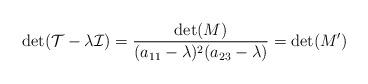
LaTeX: \begin{align*}\operatorname{det}(\mathcal T-\lambda\mathcal I)=\frac{\operatorname{det}(M)}{(a_{11}-\lambda)^2(a_{23}-\lambda)}=\operatorname{det}(M')\end{align*}